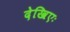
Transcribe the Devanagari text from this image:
देखिएः